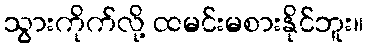
သွားကိုက်လို့ ထမင်းမစားနိုင်ဘူး။